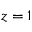
z = 1